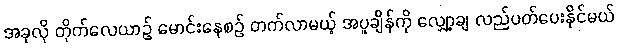
အခုလို တိုက်လေယာဉ် မောင်းနေစဉ် တက်လာမယ့် အပူချိန်ကို လျှော့ချ လည်ပတ်ပေးနိုင်မယ်